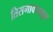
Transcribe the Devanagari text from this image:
तिसगावपासून